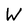
Character: W